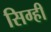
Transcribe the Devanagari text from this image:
सिग्ही